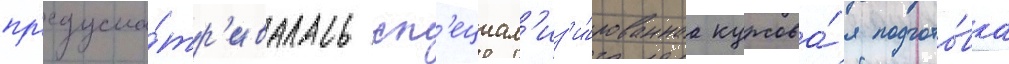
пр'едусма́тр'ивалась сп'ециал'из'и́рованнаа курсова́я подгото́вка